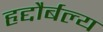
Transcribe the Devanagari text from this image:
हृद्दौर्बल्य